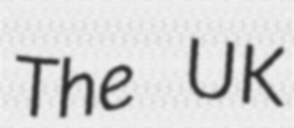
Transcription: The UK